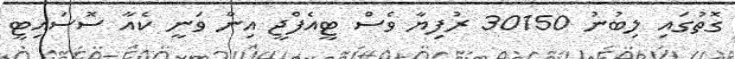
ގޮތުގައި ލިބުނު 30150 ރުފިޔާ ވެސް ޓީއެފްޖީ އިން ވަނީ ކެއާ ސޮސައިޓީ